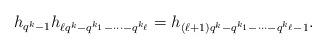
LaTeX: \begin{align*}h_{q^k-1}h_{\ell q^k-q^{k_1}-\cdots -q^{k_{\ell}}}=h_{(\ell +1)q^k-q^{k_1}-\cdots -q^{k_{\ell}}-1}.\end{align*}